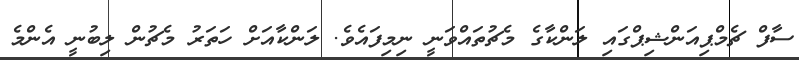
ސާފް ޗެމްޕިއަންޝިޕްގައި ލަންކާގެ މެޗުތައްވަނީ ނިމިފައެވެ. ލަންކާއަށް ހަތަރު މެޗުން ލިބުނީ އެންމެ